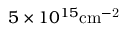
5 \times 1 0 ^ { 1 5 } \mathrm { c m ^ { - 2 } }